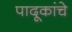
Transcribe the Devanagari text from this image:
पादूकांचे